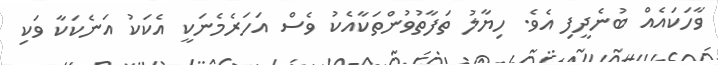
ވާހަކައެއް ބުނެދީފި އެވެ. ހިޔާލު ތަފާތުވުންތަކާއެކު ވެސް އަހަރެމެނަކީ އެކަކު އަނެކަކާ ވަކި